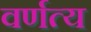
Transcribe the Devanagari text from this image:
वर्णत्य